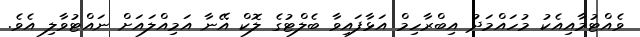
ވެއްޓުމާއިއެކު މުހައްމަދު އިބްރާހިމް އަޅާފައިވާ ބެލްޓުގެ ލޮކް އޭނާ އަމިއްލައަށް ނައްޓުވާލި އެވެ.